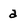
Character: a